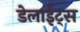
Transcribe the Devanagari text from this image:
डेलाईट्स